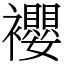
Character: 䙬